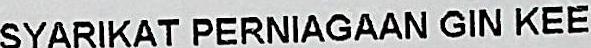
SYARIKAT PERNIAGAAN GIN KEE